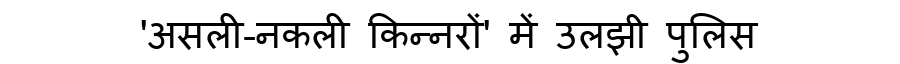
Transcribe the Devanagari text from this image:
'असली-नकली किन्नरों' में उलझी पुलिस